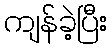
ကျန်ခဲ့ပြီး